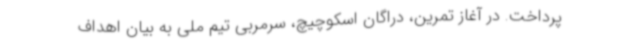
پرداخت. در آغاز تمرین، دراگان اسکوچیچ، سرمربی تیم ملی به بیان اهداف